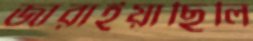
জারাইয়াছিলি